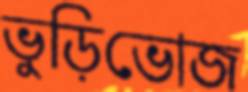
ভুড়িভোজ